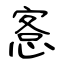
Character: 愙